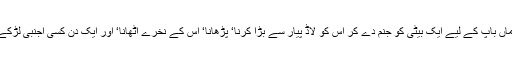
اس وقت مجھے اندازہ ہوا کہ کتنا مشکل ہوتا ہے ماں باپ کے لیے ایک بیٹی کو جنم دے کر اس کو لاڈ پیار سے بڑا کرنا‘ پڑھانا‘ اس کے نخرے اٹھانا‘ اور ایک دن کسی اجنبی لڑکے کے ساتھ شادی کے بندھن میں رخصت کر دینا۔